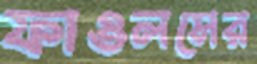
ফাওলসের